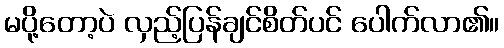
မပို့တော့ပဲ လှည့်ပြန်ချင်စိတ်ပင် ပေါက်လာ၏။